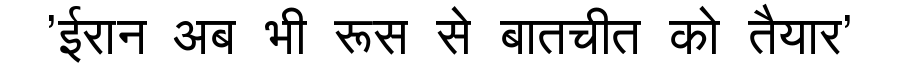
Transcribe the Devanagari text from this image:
'ईरान अब भी रूस से बातचीत को तैयार'